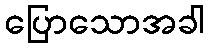
ပြောသောအခါ